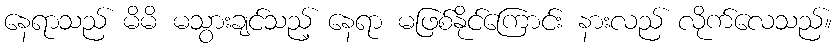
နေရာသည် မိမိ မသွားချင်သည့် နေရာ မဖြစ်နိုင်ကြောင်း နားလည် လိုက်လေသည်။